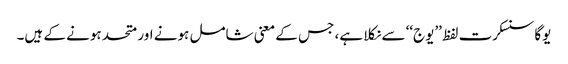
یوگا سنسکرت لفظ ’’یوج‘‘ سے نکلا ہے، جس کے معنی شامل ہونے اور متحد ہونے کے ہیں۔